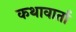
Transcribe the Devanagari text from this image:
कथावार्ता